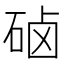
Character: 硵